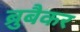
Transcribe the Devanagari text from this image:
ब्रुबैकर